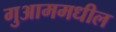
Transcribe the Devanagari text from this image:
गुआममधील